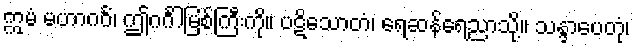
ဣမံ မဟာဂင်္ဂံ၊ ဤဂင်္ဂါမြစ်ကြီးကို။ ပဋိသောတံ၊ ရေဆန်ရေညာသို့။ သန္ဒာပေတုံ၊